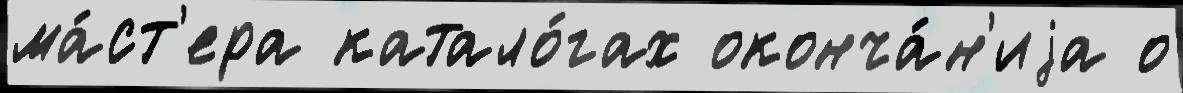
ма́ст'ера катало́гах оконча́н'иjа о